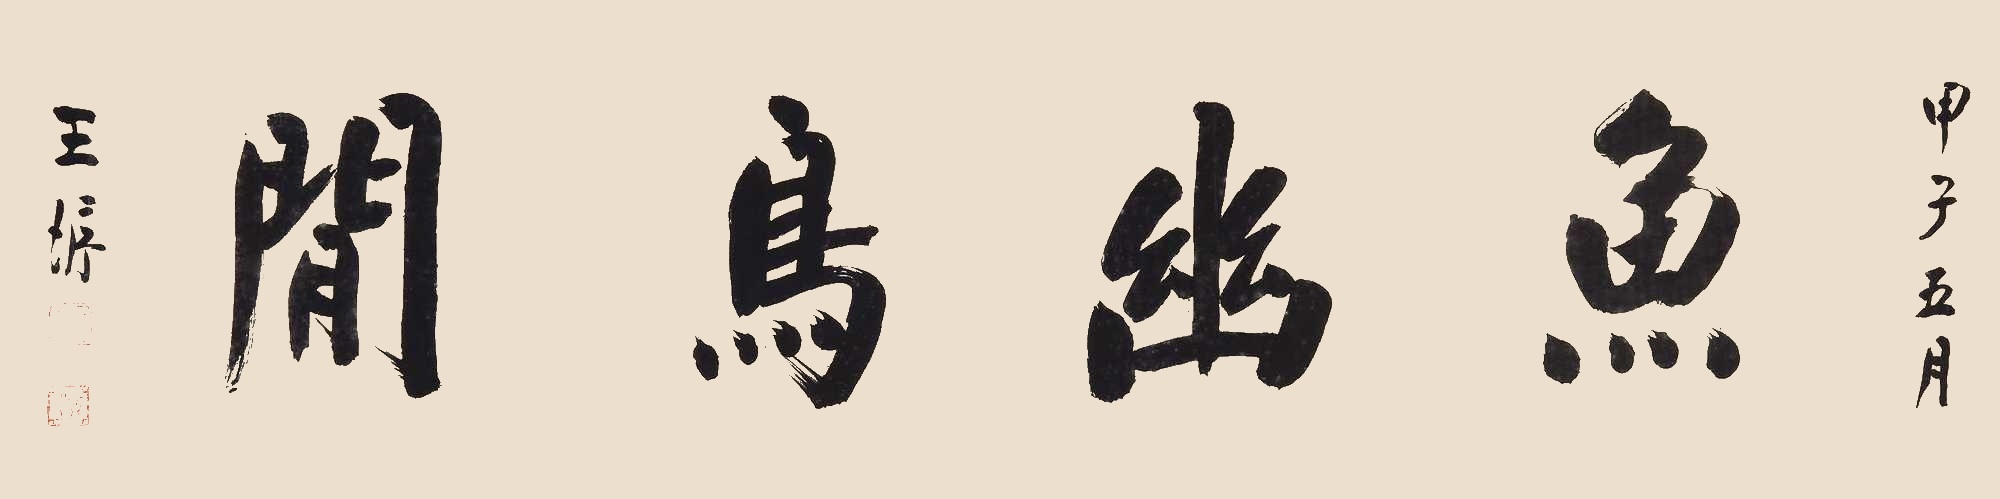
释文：鱼幽鸟闲甲子五月王垿。